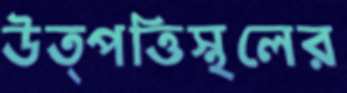
উত্পত্তিস্থলের